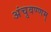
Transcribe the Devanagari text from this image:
अंचुवण्णम्